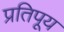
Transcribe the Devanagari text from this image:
प्रतिपूय